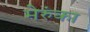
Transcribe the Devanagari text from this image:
मेरुंका